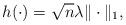
LaTeX: \begin{align*} h(\cdot) = \sqrt n \lambda \|\cdot\|_1,\end{align*}